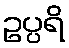
ဥပ္ပရိ